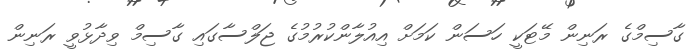
ގާސިމްގެ ރަނިން މޭޓަކީ ހަސަން ކަމަށް އިއުލާންކުރުމުގެ ޖަލްސާގައި ގާސިމް ވިދާޅުވީ ރަނިން